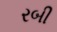
રબી